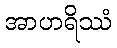
အာဟရိဿံ